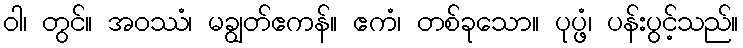
ဝါ၊ တွင်။ အဝဿံ၊ မချွတ်ဧကန်။ ဧကံ၊ တစ်ခုသော။ ပုပ္ဖံ၊ ပန်းပွင့်သည်။